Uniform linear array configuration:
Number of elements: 64
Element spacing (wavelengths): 0.25
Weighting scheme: hann
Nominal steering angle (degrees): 45
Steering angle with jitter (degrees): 45.73
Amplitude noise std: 0.05
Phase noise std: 0.05

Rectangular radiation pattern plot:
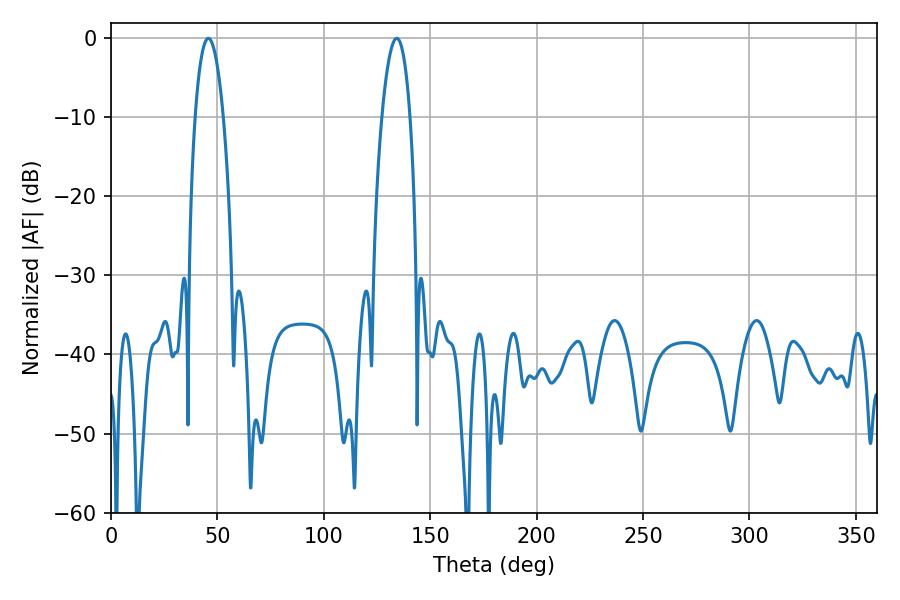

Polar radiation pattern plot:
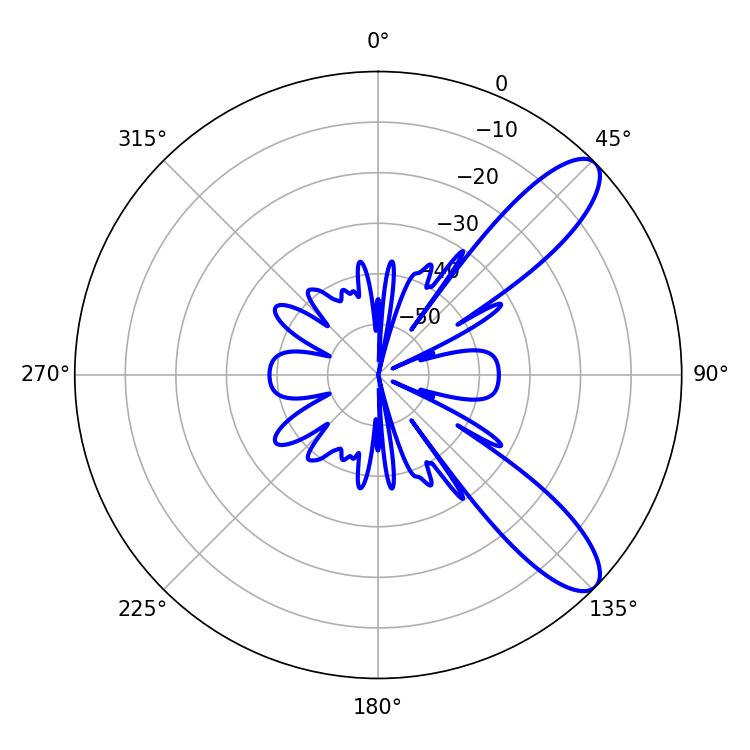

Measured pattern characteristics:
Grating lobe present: FALSE
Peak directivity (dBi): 10.056
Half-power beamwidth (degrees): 7.38
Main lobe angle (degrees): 45.72